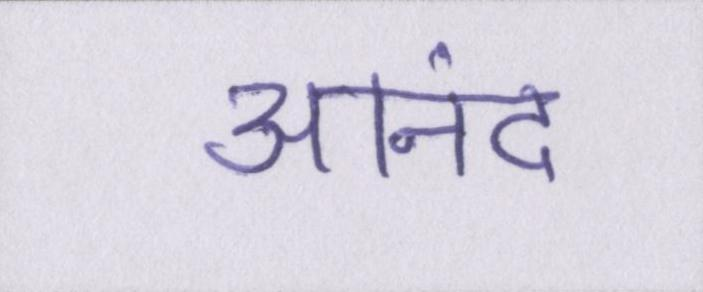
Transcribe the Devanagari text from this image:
आनंद